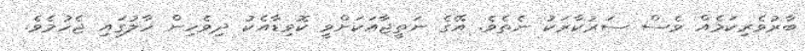
ބާރުވެރިކަމެއް ވެސް ސަރުކާރަކު ނެތެވެ. އޭގެ ނަތީޖާއަކަށްވީ ކޮވިޑާއެކު ދިވެހިން ހާލުގައި ޖެހުމެވެ.